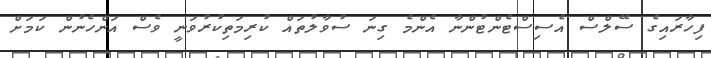
ފިހާރައިގެ ސޭލްސް އެސިސްޓެންޓުންނާ އެންމެ ގިނަ ސުވާލުތައް ކުރިމަތިކުރުވަނީ ވެސް އަންހެނުން ކަމަށް